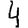
Digit: 4